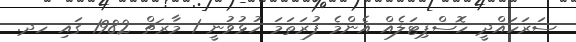
ސަރަހައްދީ ހޮސްޕިޓަލެއް އެންމެ ފުރަތަމަ ހުޅުވުނީ 1 މާރޗް 1982 ގައި ހދ.